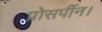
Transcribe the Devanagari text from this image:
प्रोसर्पीन।